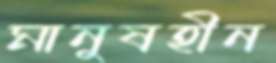
মানুষহীন